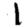
Digit: 1